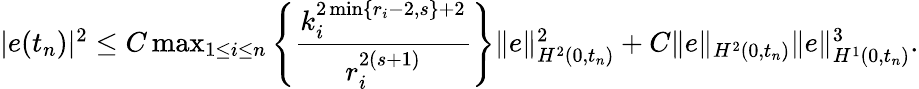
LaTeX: \begin{array}{r}{\begin{array}{lll}{|e(t_{n})|^{2}\le C\operatorname*{max}_{1\leq i\leq n}\left\{ \displaystyle\frac{k_{i}^{2\operatorname*{min}\{ r_{i}-2,s\} +2}}{r_{i}^{2(s+1)}}\right\} \| e\| _{H^{2}(0,t_{n})}^{2}+C\| e\| _{H^{2}(0,t_{n})}\| e\| _{H^{1}(0,t_{n})}^{3}.}\end{array}}\end{array}